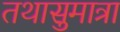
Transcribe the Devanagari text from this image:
तथासुमात्रा